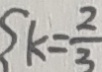
k = \frac { 2 } { 3 }